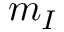
m _ { I }